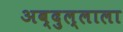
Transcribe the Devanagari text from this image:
अब्दुल्लाला